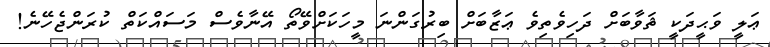
ޢަލީ ވަޙީދަކީ ޘަވާބަށް ދަހިވެތިވެ ޢަޒާބަށް ބިރުގަންނަ މީހަކަށްވޭތޯ އޭނާވެސް މަސައްކަތް ކުރަންޖެހޭނެ!